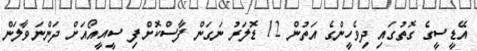
އޭޑީސީގެ ގޮތުގައި ދިވެހީންގެ އަތުން 12 ޑޮލަރު ނަގަން ފާސްކޮށްފި ސީއީއޯއަށް ދަންނަވާލަން